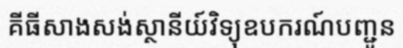
គីធីសាងសង់ស្ថានីយ៍វិទ្យុឧបករណ៍បញ្ជូន